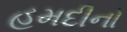
હમદીનો